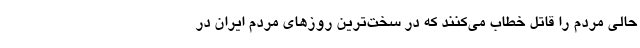
حالی مردم را قاتل خطاب می‌کنند که در سخت‌ترین روزهای مردم ایران در